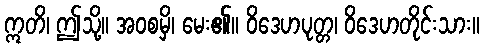
ဣတိ၊ ဤသို့။ အဝစမှိ၊ မေး၏။ ဝိဒေဟပုတ္တ၊ ဝိဒေဟတိုင်းသား။